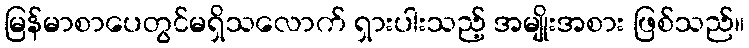
မြန်မာစာပေတွင်မရှိသလောက် ရှားပါးသည့် အမျိုးအစား ဖြစ်သည်။